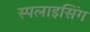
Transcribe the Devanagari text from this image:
स्पलाइसिंग